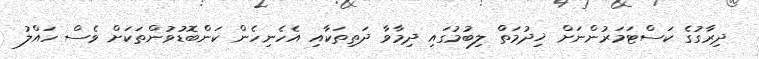
ދިރާގުގެ ކަސްޓަމަރުންނަށް ޚިދުމަތް ލިބުމުގައި ދިމާވާ ދަތިތަކާއި އެހެނިހެން ކަންބޮޑުވުންތަކަށް ވެސް ހައްލު